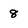
Character: 8